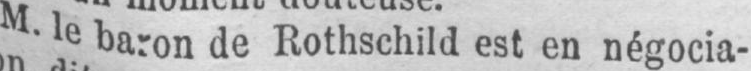
M. le baron de Rothschild est en négocia-